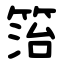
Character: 箈